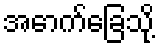
အောက်ခြေသို့